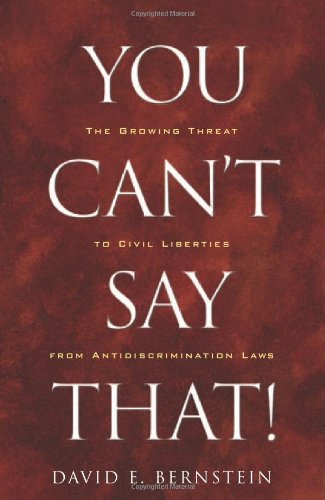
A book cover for You Can't Say That!: The Growing Threat to Civil Liberties from Antidiscrimination Laws; David Bernstein; Law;